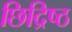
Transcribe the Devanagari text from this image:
छिद्रिष्ठ